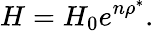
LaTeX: H=H_{0}e^{n\rho^{*}}.